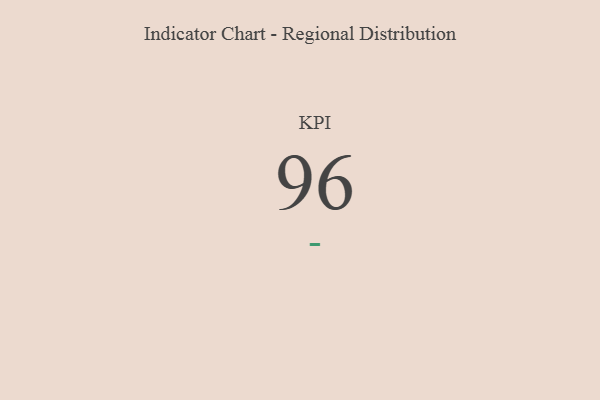
{"axis": {"x": "KPI", "y": "Value"}, "legend": [""], "data": [{"x": "KPI", "y": 96, "type": ""}]}